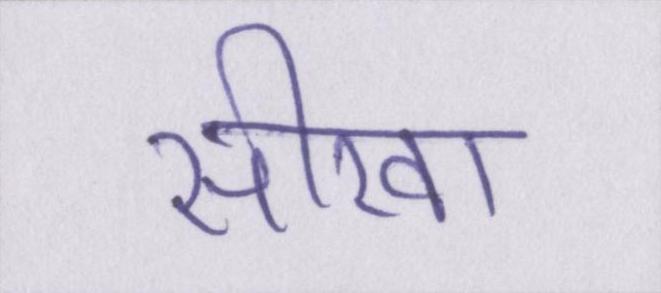
सीखा